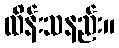
ထိန်းသနည်း။